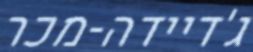
ג'דיידה-מכר